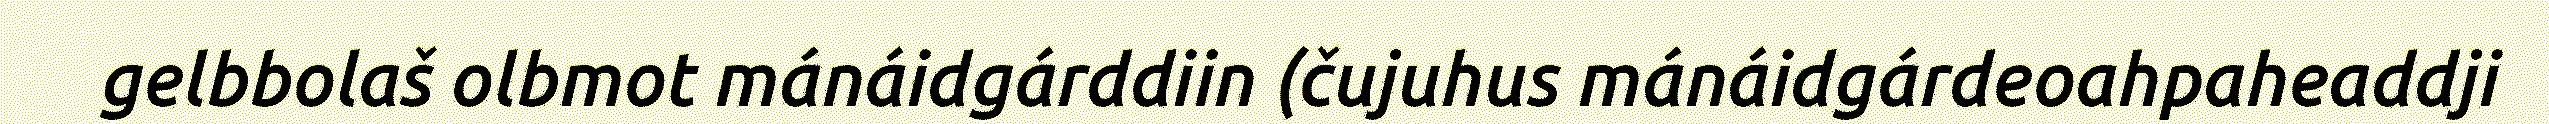
gelbbolaš olbmot mánáidgárddiin (čujuhus mánáidgárdeoahpaheaddji